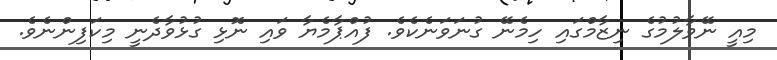
މިއީ ނޭވާލުމުގެ ނިޒާމްގައި ހިމެނޭ ގުނަވަނެކެވެ. ފުއްޕާމެޔާ ވައި ނޮޅި ގުޅުވާދެނީ މިކަފިންނެވެ.